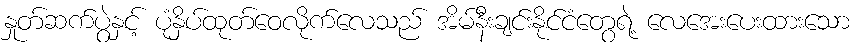
နှုတ်ဆက်ပွဲနှင့် ပုံနှိပ်ထုတ်ဝေလိုက်လေသည် အိမ်နီးချင်းနိုင်ငံတွေရဲ့ လေအေးပေးထားသော